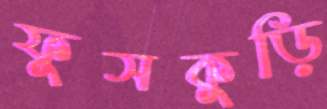
ফুসকুড়ি